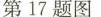
第17题图